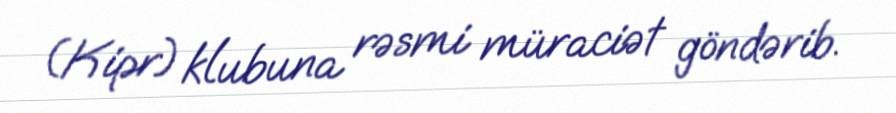
(Kipr) klubuna rəsmi müraciət göndərib.